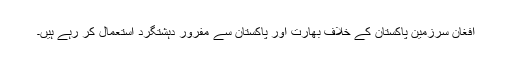
افغان سرزمین پاکستان کے خلاف بھارت اور پاکستان سے مفرور دہشتگرد استعمال کر رہے ہیں۔